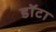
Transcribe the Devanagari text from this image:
डॉटा